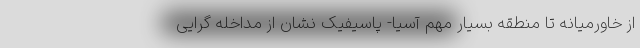
از خاورمیانه تا منطقه بسیار مهم آسیا- پاسیفیک نشان از مداخله گرایی